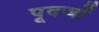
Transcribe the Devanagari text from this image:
पूवर्जों